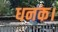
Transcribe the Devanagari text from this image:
धनक।